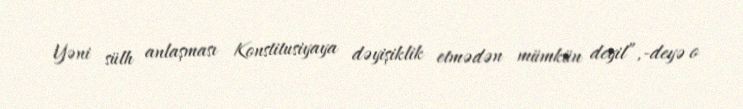
Yəni sülh anlaşması Konstitusiyaya dəyişiklik etmədən mümkün deyil”,-deyə o